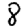
Digit: 8